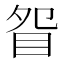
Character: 眢